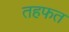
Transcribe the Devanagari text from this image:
तहफत